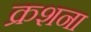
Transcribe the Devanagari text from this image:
क्रशना